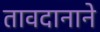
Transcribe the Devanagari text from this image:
तावदानाने